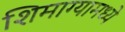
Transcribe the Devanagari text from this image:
शिमाग्यामध्ये